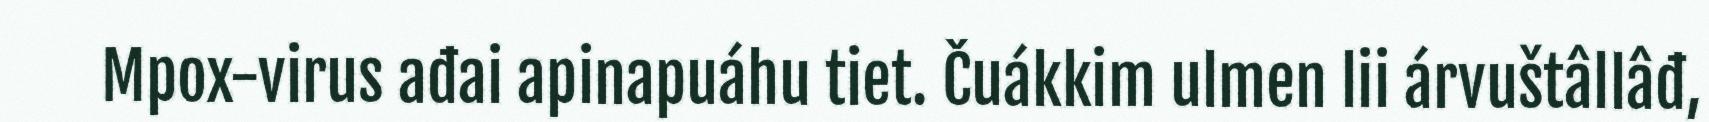
Mpox-virus ađai apinapuáhu tiet. Čuákkim ulmen lii árvuštâllâđ,